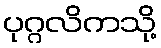
ပုဂ္ဂလိကသို့